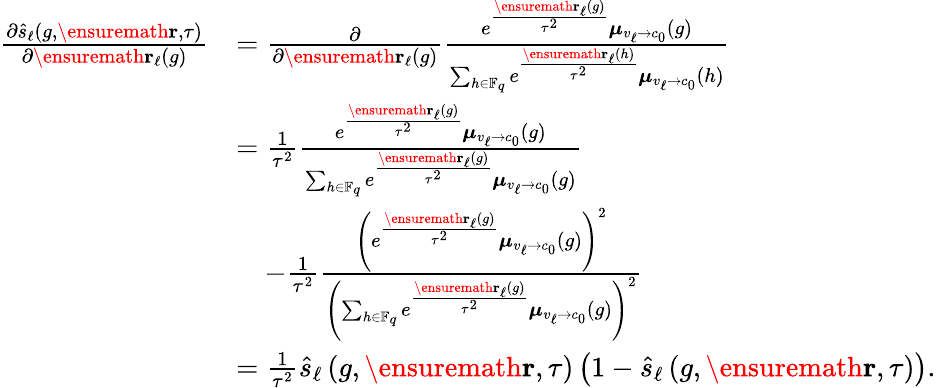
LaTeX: \begin{array}{rl}{\frac{\partial\hat{s}_{\ell}\left(g,\ensuremath{\mathbf{r}},\tau\right)}{\partial\ensuremath{\mathbf{r}}_{\ell}(g)}}&{=\frac{\partial}{\partial\ensuremath{\mathbf{r}}_{\ell}(g)}\frac{e^{\frac{\ensuremath{\mathbf{r}}_{\ell}(g)}{\tau^{2}}}\boldsymbol{\mu}_{v_{\ell}\to c_{0}}(g)}{\sum_{h\in\mathbb{F}_{q}}e^{\frac{\ensuremath{\mathbf{r}}_{\ell}(h)}{\tau^{2}}}\boldsymbol{\mu}_{v_{\ell}\to c_{0}}(h)}}\\ &{=\frac{1}{\tau^{2}}\frac{e^{\frac{\ensuremath{\mathbf{r}}_{\ell}(g)}{\tau^{2}}}\boldsymbol{\mu}_{v_{\ell}\to c_{0}}(g)}{\sum_{h\in\mathbb{F}_{q}}e^{\frac{\ensuremath{\mathbf{r}}_{\ell}(g)}{\tau^{2}}}\boldsymbol{\mu}_{v_{\ell}\to c_{0}}(g)}}\\ &{\quad-\frac{1}{\tau^{2}}\frac{\left(e^{\frac{\ensuremath{\mathbf{r}}_{\ell}(g)}{\tau^{2}}}\boldsymbol{\mu}_{v_{\ell}\to c_{0}}(g)\right)^{2}}{\left(\sum_{h\in\mathbb{F}_{q}}e^{\frac{\ensuremath{\mathbf{r}}_{\ell}(g)}{\tau^{2}}}\boldsymbol{\mu}_{v_{\ell}\to c_{0}}(g)\right)^{2}}}\\ &{=\frac{1}{\tau^{2}}\hat{s}_{\ell}\left(g,\ensuremath{\mathbf{r}},\tau\right)\left(1-\hat{s}_{\ell}\left(g,\ensuremath{\mathbf{r}},\tau\right)\right).}\end{array}